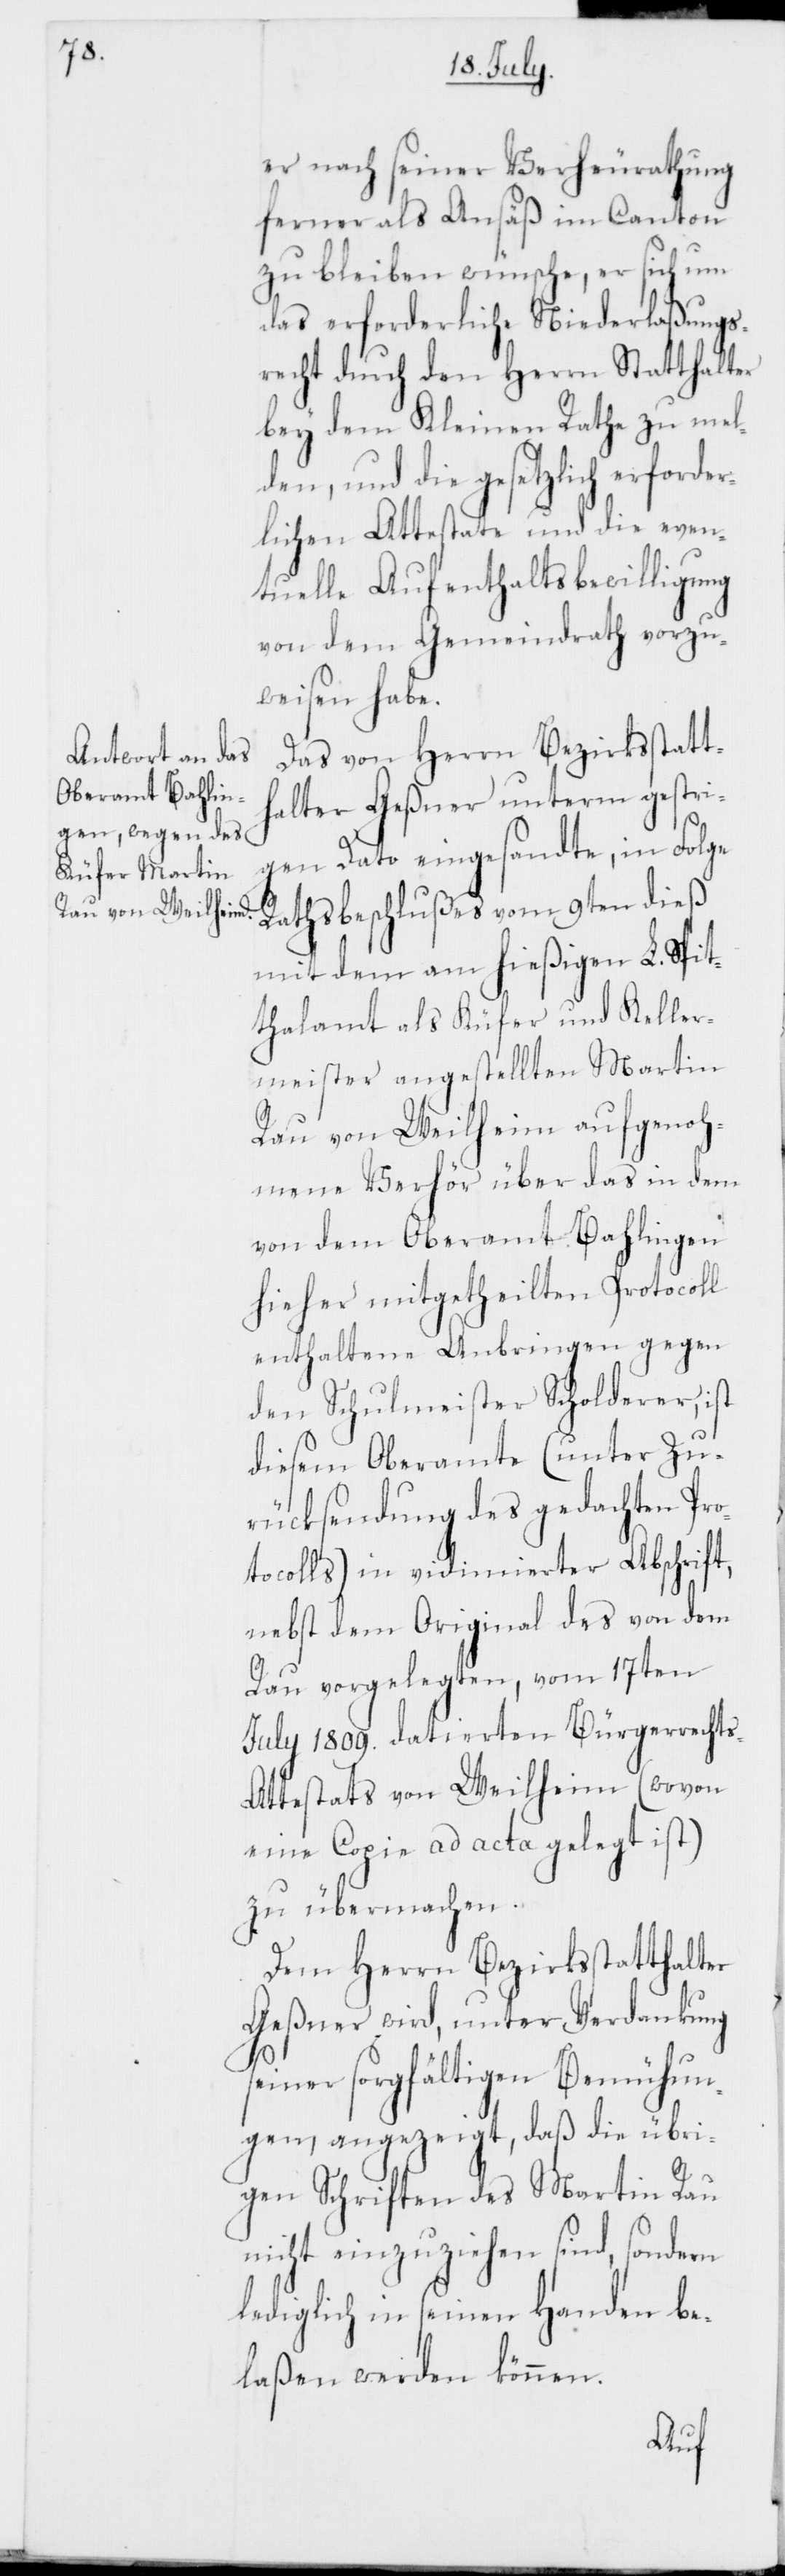
s-A¬

er nach seiner Verheurathung
ferner als Ansäß im Canton
zu bleiben wünsche, er sich um
das erforderliche Niederlaßungs¬
recht durch den Herrn Statthalter
bey dem Kleinen Rathe zu mel¬
den, und die gesetzlich erforde¬
rlichen Attestate und die even¬
tuelle Aufenthaltsbewilligung
von dem Gemeindrath vorzu¬
weisen habe.
Das von Herrn Bezirksstatt¬
halter Geßner unterm gestri¬
gen Dato eingesandte, in Folge
Rathsbeschlußes vom 9ten dieß
mit dem am hießigen L. Spit¬
thalamt als Küfer und Keller¬
meister angestellten Martin
Rau von Weilheim aufgenoh¬
mene Verhör über das in dem
von dem Oberamt Bahlingen
hieher mitgetheilten Protocoll
enthaltene Anbringen gegen
den Schulmeister Scholderer, ist
diesem Oberamte (unter Zu¬
rücksendung des gedachten Pr¬
otocolls) in vidimierter Abschrift,
nebst dem Original des von dem
Rau vorgelegten, vom 17ten
Julii 1809. datierten Bürgerrecht¬
ttestats von Weilheim (wovon
eine Copie ad acta gelegt ist)
zu übermachen.
Dem Herrn Bezirksstatthalter
Geßner wird, unter Verdankung
seiner sorgfältigen Bemühun¬
gen angezeigt, daß die übri¬
gen Schriften des Martin Rau
nicht einzuziehen sind, sondern
lediglich in seinen Handen be¬
laßen werden können.